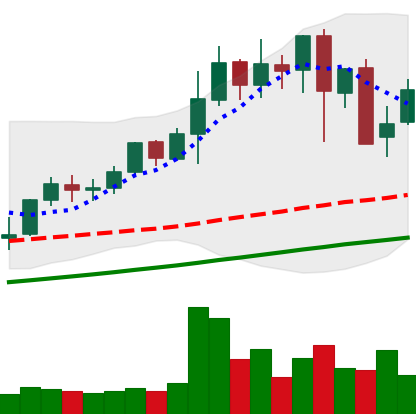
Ticker: LINK-USD
Chart end date: 2021-05-14
Forward return: -42.634%
Label: down_7plus